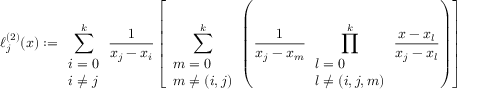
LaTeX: \ell _ { j } ^ { ( 2 ) } ( x ) : = \sum _ { \begin{array} { l } { i = 0 } \\ { i \neq j } \end{array} } ^ { k } { \frac { 1 } { x _ { j } - x _ { i } } } \left[ \sum _ { \begin{array} { l } { m = 0 } \\ { m \neq ( i , j ) } \end{array} } ^ { k } \left( { \frac { 1 } { x _ { j } - x _ { m } } } \prod _ { \begin{array} { l } { l = 0 } \\ { l \neq ( i , j , m ) } \end{array} } ^ { k } { \frac { x - x _ { l } } { x _ { j } - x _ { l } } } \right) \right]